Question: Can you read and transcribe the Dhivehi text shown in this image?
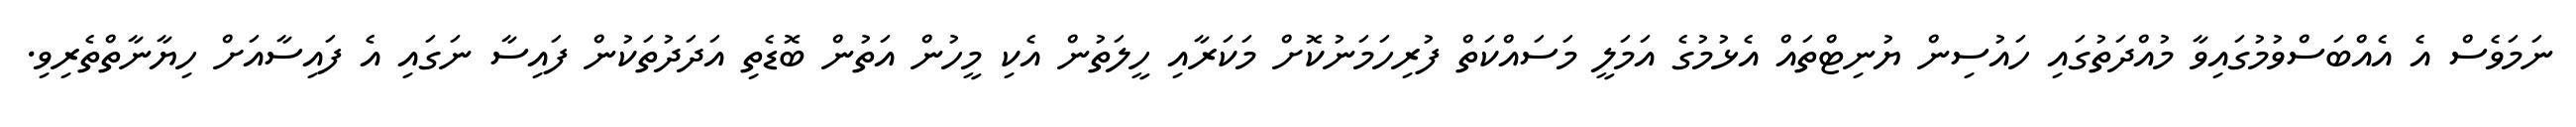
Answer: ނަމަވެސް އެ އެއްބަސްވުމުގައިވާ މުއްދަތުގައި ހައުސިން ޔުނިޓްތައް އެޅުމުގެ އަމަލީ މަސައްކަތް ފުރިހަމަނުކޮށް މަކަރާއި ހީލަތުން އެކި މީހުން އަތުން ބޮޑެތި އަދަދުތަކުން ފައިސާ ނަގައި އެ ފައިސާއަށް ހިޔާނާތްތެރިވި.